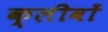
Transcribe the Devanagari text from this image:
क्लीवों